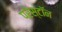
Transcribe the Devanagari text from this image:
प्रेस्टॉन